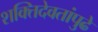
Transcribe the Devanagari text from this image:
शक्तिदेवतांपुढे